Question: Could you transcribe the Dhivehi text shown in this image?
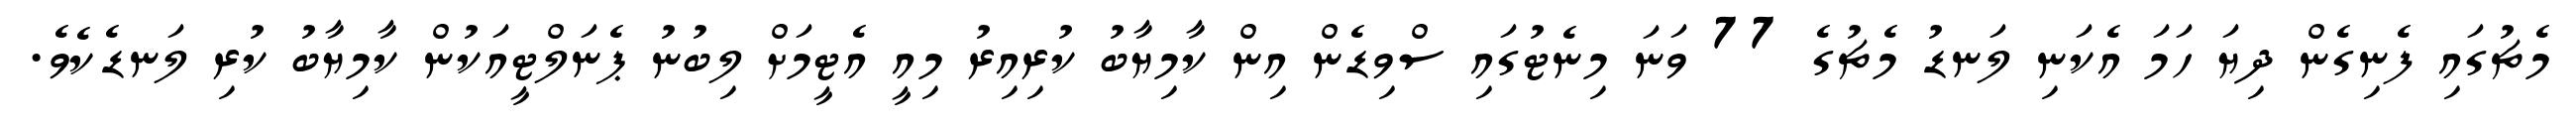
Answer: މެޗުގައި ފެނިގެން ދިޔަ ހަމަ އެކަނި ލަނޑު މެޗުގެ 77 ވަނަ މިނެޓުގައި ސްވިޑެން އިން ކާމިޔާބު ކުރިއިރު މިއީ އެޓީމަށް ލިބުނު ޕެނަލްޓީއަކުން ކާމިޔާބު ކުރި ލަނޑެކެވެ.